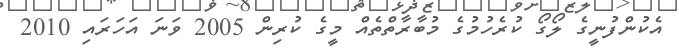
އެކުންފުނީގެ ލޯގޯ ކުރެހުމުގެ މުބާރާތްތެއް މީގެ ކުރިން 2005 ވަނަ އަހަރައި 2010